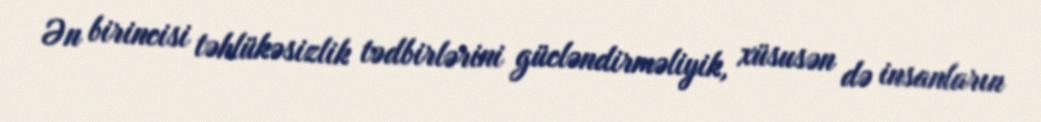
Ən birincisi təhlükəsizlik tədbirlərini gücləndirməliyik, xüsusən də insanların